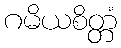
ဂမိယစိတ္တံ